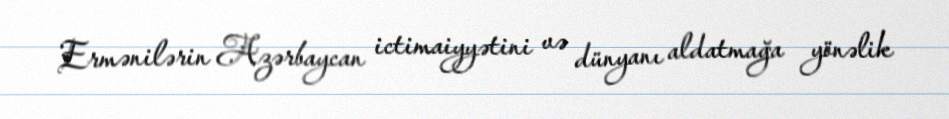
Ermənilərin Azərbaycan ictimaiyyətini və dünyanı aldatmağa yönəlik